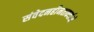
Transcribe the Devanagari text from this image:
संवेदनहीनताकर्ताओं